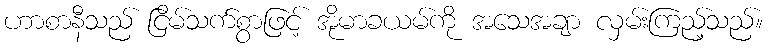
ဟာစာနီသည် ငြိမ်သက်စွာဖြင့် အိုမာခယမ်ကို အသေအချာ လှမ်းကြည့်သည်။